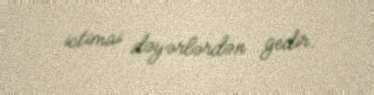
ictimai dəyərlərdən gedir.